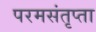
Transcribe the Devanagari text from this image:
परमसंतृप्ता